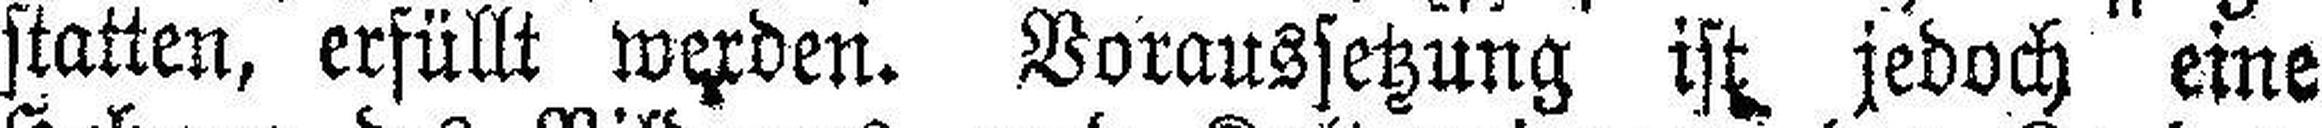
statten, erfüllt werden. Voraussetzung ist jedoch eine